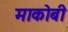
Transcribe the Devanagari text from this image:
माकोबी